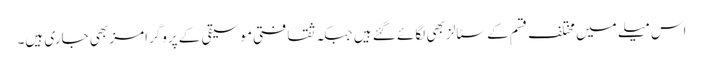
اس میلے میں مختلف قسم کے سٹالز بھی لگائے گئے ہیں جبکہ ثقافتی موسیقی کے پروگرامز بھی جاری ہیں۔